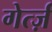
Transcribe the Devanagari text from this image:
गेर्त्ज़